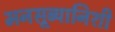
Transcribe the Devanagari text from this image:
मनसूब्यानिशी